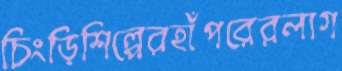
চিংড়িশিল্পেরহাঁপরেরলাগ